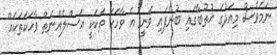
ނަމަވެސް މިއަދުގެ ޚުތުބާގައި ބުނެފައި ވަނީ އެ ވާހަކަ ތަކަކީ އަސްލެއްނެތް ވާހަކަތަކެއް